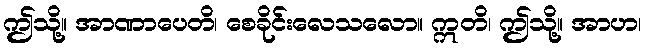
ဤသို့။ အာဏာပေတိ၊ စေခိုင်းလေသလော။ ဣတိ၊ ဤသို့။ အာဟ၊